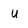
Character: u